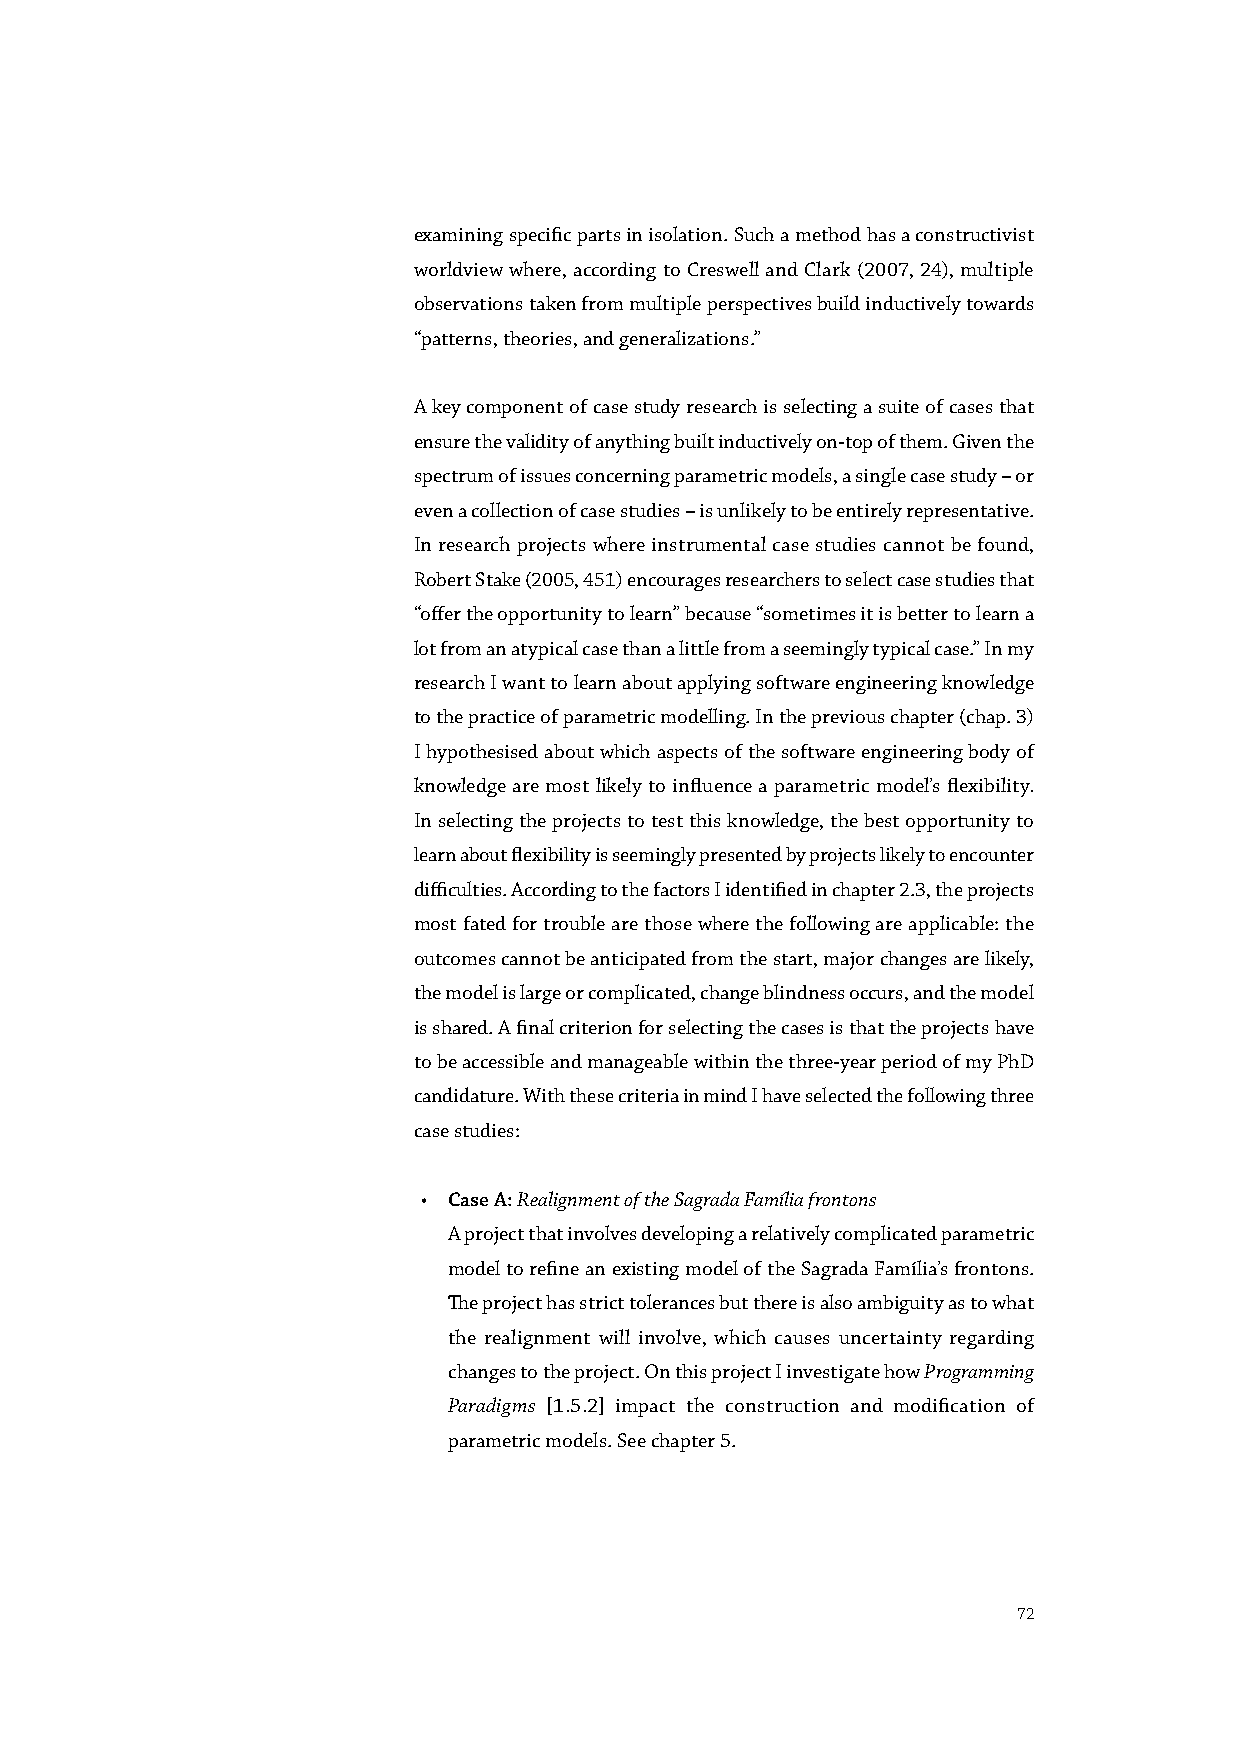
examining specific parts in isolation. Such a method has a constructivist
 worldview where, according to Creswell and Clark (2007, 24), multiple
 observations taken from multiple perspectives build inductively towards
 “patterns, theories, and generalizations.”
 A key component of case study research is selecting a suite of cases that
 ensure the validity of anything built inductively on-top of them. Given the
 spectrum of issues concerning parametric models, a single case study – or
 even a collection of case studies – is unlikely to be entirely representative.
 In research projects where instrumental case studies cannot be found,
 Robert Stake (2005, 451) encourages researchers to select case studies that
 “offer the opportunity to learn” because “sometimes it is better to learn a
 lot from an atypical case than a little from a seemingly typical case.” In my
 research I want to learn about applying software engineering knowledge
 to the practice of parametric modelling. In the previous chapter (chap. 3)
 I hypothesised about which aspects of the software engineering body of
 knowledge are most likely to influence a parametric model’s flexibility.
 In selecting the projects to test this knowledge, the best opportunity to
 learn about flexibility is seemingly presented by projects likely to encounter
 difficulties. According to the factors I identified in chapter 2.3, the projects
 most fated for trouble are those where the following are applicable: the
 outcomes cannot be anticipated from the start, major changes are likely,
 the model is large or complicated, change blindness occurs, and the model
 is shared. A final criterion for selecting the cases is that the projects have
 to be accessible and manageable within the three-year period of my PhD
 candidature. With these criteria in mind I have selected the following three
 case studies:
 • Case A: Realignment of the Sagrada Família frontons
 A project that involves developing a relatively complicated parametric
 model to refine an existing model of the Sagrada Família’s frontons.
 The project has strict tolerances but there is also ambiguity as to what
 the realignment will involve, which causes uncertainty regarding
 changes to the project. On this project I investigate how Programming
 Paradigms [1.5.2] impact the construction and modification of
 parametric models. See chapter 5.
 72